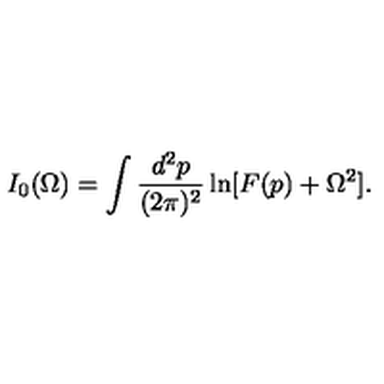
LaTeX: I _ { 0 } ( \Omega ) = \int \frac { d ^ { 2 } p } { ( 2 \pi ) ^ { 2 } } \ln [ F ( p ) + \Omega ^ { 2 } ] .